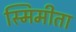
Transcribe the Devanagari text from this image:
स्मिमीता